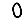
Digit: 0